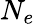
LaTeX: N_{e}